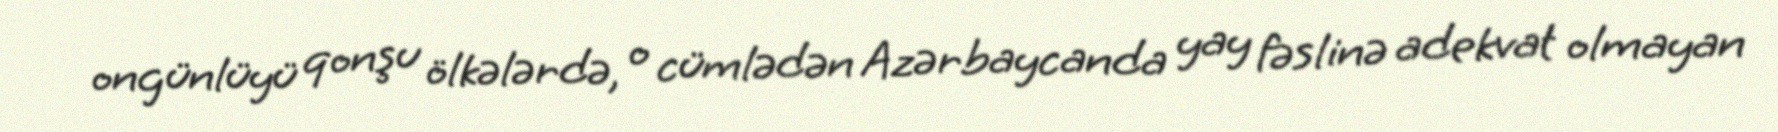
ongünlüyü qonşu ölkələrdə, o cümlədən Azərbaycanda yay fəslinə adekvat olmayan